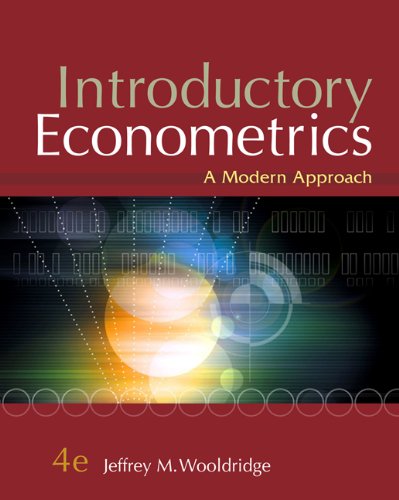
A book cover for Introductory Econometrics: A Modern Approach, 4th Edition; Jeffrey M. Wooldridge; Business & Money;